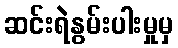
ဆင်းရဲနွမ်းပါးမှုမှ